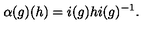
\alpha ( g ) ( h ) = i ( g ) h i ( g ) ^ { - 1 } .